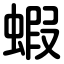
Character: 蝦